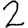
Digit: 2